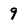
Character: 9